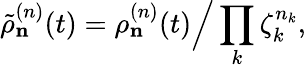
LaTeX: \tilde{\rho}_{\mathbf n}^{(n)}(t)=\rho_{\mathbf n}^{(n)}(t)\Big/\prod_{k}\zeta_{k}^{n_{k}},